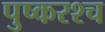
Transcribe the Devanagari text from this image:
पुष्करश्च